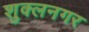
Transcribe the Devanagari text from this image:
शुक्लनगर